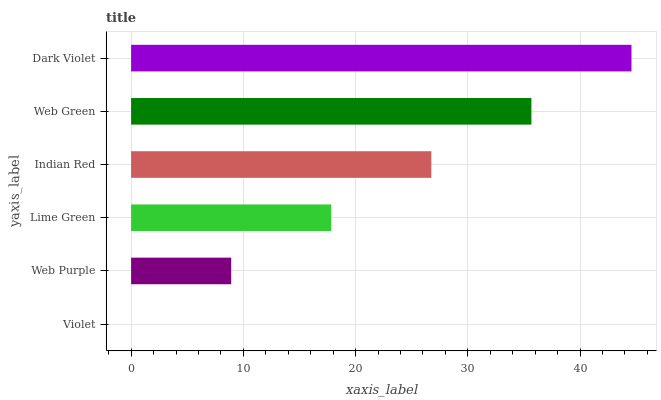
| yaxis_label | bars |
 | --- | --- |
 | Violet | 0 |
 | Web Purple | 8.92 |
 | Lime Green | 17.8 |
 | Indian Red | 26.7 |
 | Web Green | 35.7 |
 | Dark Violet | 44.6 |